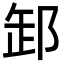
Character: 䣃